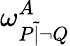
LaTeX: \omega_{P{\widetilde{|}}\lnot Q}^{A}